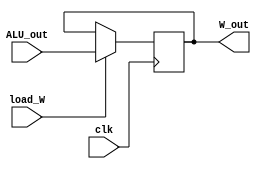
module W_reg(input clk,load_W,
             input[7:0] ALU_out,
             output[7:0] W_out);
        reg[7:0] W_reg;
        assign W_out=W_reg;
        always@(posedge clk)
          if(load_W)
            W_reg<=ALU_out;
endmodule